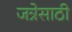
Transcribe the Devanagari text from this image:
जत्रेसाठी